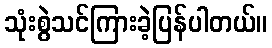
သုံးစွဲသင်ကြားခဲ့ပြန်ပါတယ်။